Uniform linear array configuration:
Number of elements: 48
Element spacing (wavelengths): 0.75
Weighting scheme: kaiser
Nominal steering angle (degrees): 60
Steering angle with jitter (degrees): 60.064
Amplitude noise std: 0.05
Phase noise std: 0.05

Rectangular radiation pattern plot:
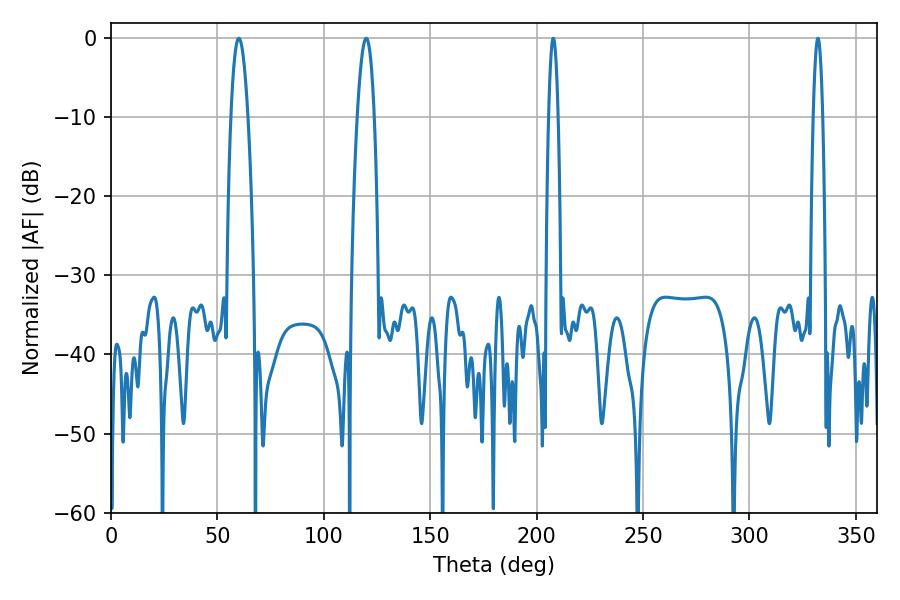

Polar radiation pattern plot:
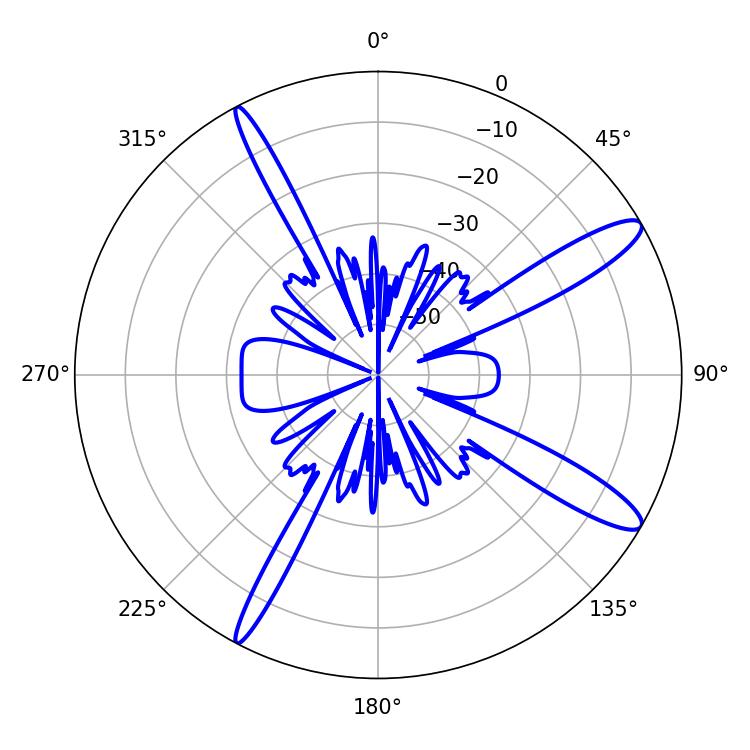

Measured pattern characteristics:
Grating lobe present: TRUE
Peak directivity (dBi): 12.981
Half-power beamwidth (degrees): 4.32
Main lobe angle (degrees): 60.12